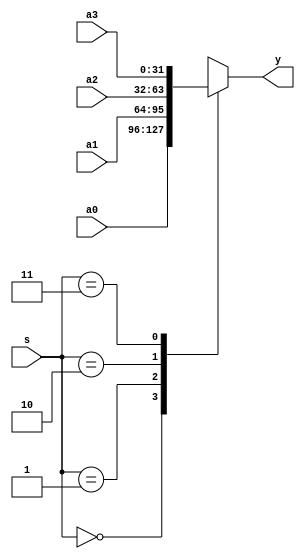
module mux4x32(a0,a1,a2,a3,s,y);
	input [31:0]a0,a1,a2,a3;
	input [1:0]s;
	output [31:0]y;
	assign y=select(a0,a1,a2,a3,s);
	
	
	function [31:0]select;
	input [31:0] a0,a1,a2,a3;
	input [1:0] s;
	case(s)
		2'd0:select=a0;
		2'd1:select=a1;
		2'd2:select=a2;
		2'd3:select=a3;
	endcase
	endfunction
	
endmodule